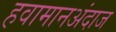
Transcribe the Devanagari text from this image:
हवामानअंदाज